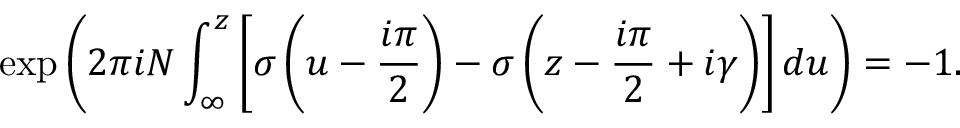
\exp \left( 2 \pi i N \int _ { \infty } ^ { z } \left[ \sigma \left( u - \frac { i \pi } { 2 } \right) - \sigma \left( z - \frac { i \pi } { 2 } + i \gamma \right) \right] d u \right) = - 1 .